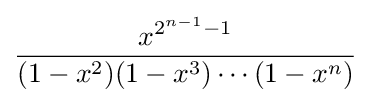
{\frac {x^{2^{n-1}-1}}{(1-x^{2})(1-x^{3})\cdots (1-x^{n})}}